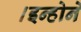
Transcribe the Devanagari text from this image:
।इन्होने